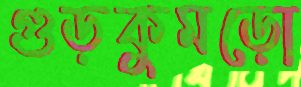
গুড়কুমড়ো